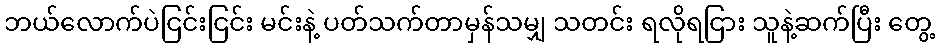
ဘယ်လောက်ပဲငြင်းငြင်း မင်းနဲ့ ပတ်သက်တာမှန်သမျှ သတင်း ရလိုရငြား သူနဲ့ဆက်ပြီး တွေ့